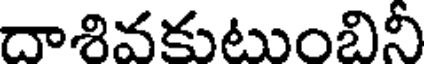
దాశివకుటుంబినీ